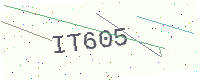
Text: IT605